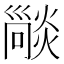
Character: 𤏕